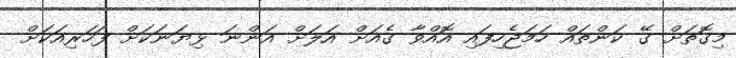
މިގޮތަށް ގޭ ކަންތައް ހަމަޖެހިފައި އޮއްވާ ގެއަށް އަލަށް އަންނަ ޅިޔަނަކަށް ފަހަރިއަކަށް